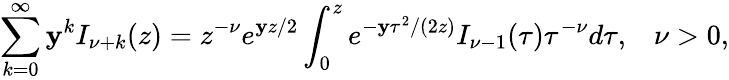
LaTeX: \sum_{k=0}^{\infty}\mathbf{y}^{k}I_{\nu+k}(z)=z^{-\nu}e^{\mathbf{y}z/2}\int_{0}^{z}e^{-\mathbf{y}\tau^{2}/(2z)}I_{\nu-1}(\tau)\tau^{-\nu}d\tau,\; \; \; \nu>0,